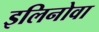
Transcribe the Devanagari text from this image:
इलिनोवा